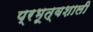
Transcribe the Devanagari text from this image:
प्रभूत्वशाली